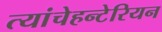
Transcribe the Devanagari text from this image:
त्यांचेहन्टेरियन